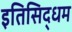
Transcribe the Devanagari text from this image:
इतिसिद्धम